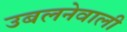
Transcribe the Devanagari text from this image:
उबलनेवाली